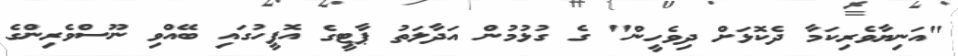
"އަނިޔާވެރިކަމާ ދެކޮޅަށް ދިވެހީން" ގެ ގުޅުމުން އަދާލަތު ޕާޓީގެ އޮފީހުގައި ބޭއްވި ނޫސްވެރިންގެ